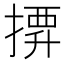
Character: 𢱼